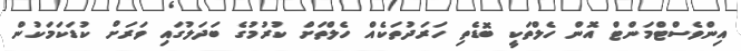
އިންވެސްޓްމަންޓް އޮން ހެލްތަކީ ބޮޑެތި ހަރަދުތަކެއް ހެލްތަށް ކުރުމުގެ ބަދަލުގައި ވަރަށް ކުޑަކަމަކުން